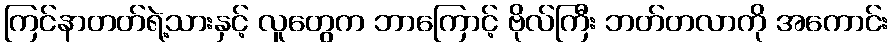
ကြင်နာတတ်ရဲ့သားနှင့် လူတွေက ဘာကြောင့် ဗိုလ်ကြီး ဘတ်တလာကို အကောင်း